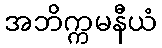
အဘိက္ကမနီယံ